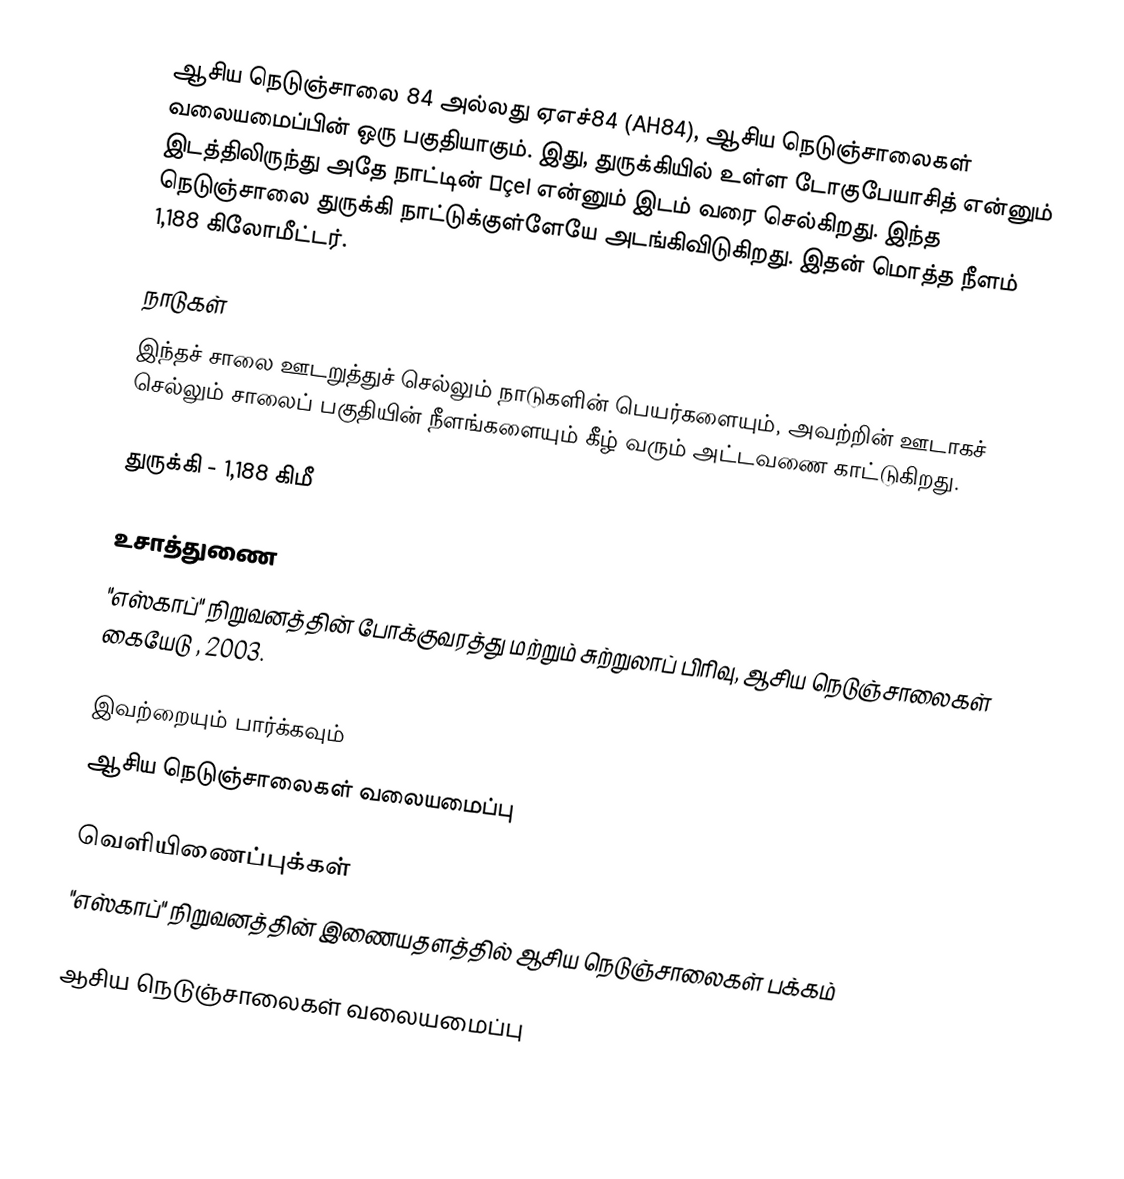
ஆசிய நெடுஞ்சாலை 84 அல்லது ஏஎச்84 (AH84), ஆசிய நெடுஞ்சாலைகள் வலையமைப்பின் ஒரு பகுதியாகும். இது, துருக்கியில் உள்ள டோகுபேயாசித் என்னும் இடத்திலிருந்து அதே நாட்டின் İçel என்னும் இடம் வரை செல்கிறது. இந்த நெடுஞ்சாலை துருக்கி நாட்டுக்குள்ளேயே அடங்கிவிடுகிறது. இதன் மொத்த நீளம் 1,188 கிலோமீட்டர்.

நாடுகள்
இந்தச் சாலை ஊடறுத்துச் செல்லும் நாடுகளின் பெயர்களையும், அவற்றின் ஊடாகச் செல்லும் சாலைப் பகுதியின் நீளங்களையும் கீழ் வரும் அட்டவணை காட்டுகிறது.

 துருக்கி - 1,188 கிமீ

உசாத்துணை
 "எஸ்காப்" நிறுவனத்தின் போக்குவரத்து மற்றும் சுற்றுலாப் பிரிவு, ஆசிய நெடுஞ்சாலைகள் கையேடு , 2003.

இவற்றையும் பார்க்கவும்
 ஆசிய நெடுஞ்சாலைகள் வலையமைப்பு

வெளியிணைப்புக்கள்
 "எஸ்காப்" நிறுவனத்தின் இணையதளத்தில் ஆசிய நெடுஞ்சாலைகள் பக்கம்

 ஆசிய நெடுஞ்சாலைகள் வலையமைப்பு